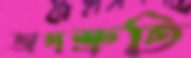
অপশ্রুতি